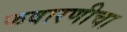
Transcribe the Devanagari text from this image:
फवारणीचा